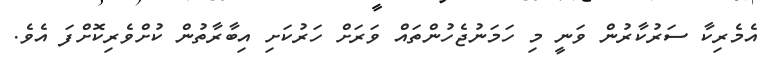
އެމެރިކާ ސަރުކާރުން ވަނީ މި ހަމަނުޖެހުންތައް ވަރަށް ހަރުކަށި އިބާރާތުން ކުށްވެރިކޮށްފަ އެވެ.